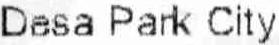
DESA PARK CITY